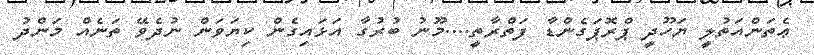
ޢެތަންއަތުލީ ޔަހޫދީ ޕްރޮޕަގެންޑާ ފަތްރާތީ....މޫނު ބުރުގާ އަޅައިގެން ކިޔަވަން ނުދެވޭ ތަނެއް މަންދު